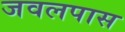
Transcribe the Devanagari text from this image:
जवलपास